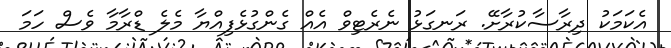
އެކަމަކު ދިރާސާކުރާށޭ. ރަނގަޅު ނެރެޓިވް އެއް ގެންގުޅެފިއްޔާ މެލެ ޑްރާމާ ވެސް ހަމަ